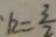
k = \frac { 3 } { 2 }